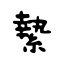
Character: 縶